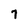
Character: 7